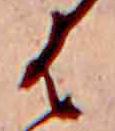
は